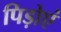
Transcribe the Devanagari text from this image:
पिड़ोएं